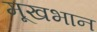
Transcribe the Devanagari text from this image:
मूखभान